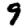
Digit: 9